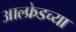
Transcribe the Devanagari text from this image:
आल्फ्रेडच्या